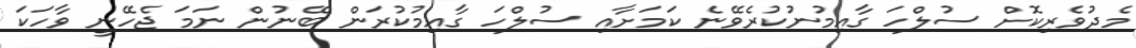
މެދުވެރިކޮށް ސުލްހަ ގާއިމުނުކުރެވޭނެ ކަމަށާއި ސުލްހަ ގާއިމުކުރަން ބޭނުން ނަމަ ޖެހޭނީ ވާހަކަ